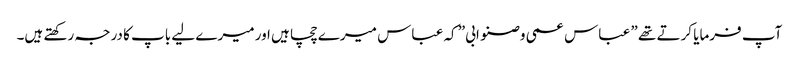
آپ فرمایا کرتے تھے ” عباس عمی وصنو ابی” کہ عباس میرے چچا ہیں اور میرے لیے باپ کا درجہ رکھتے ہیں۔